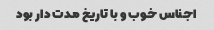
اجناس خوب و با تاریخ مدت دار بود